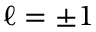
\ell = \pm 1